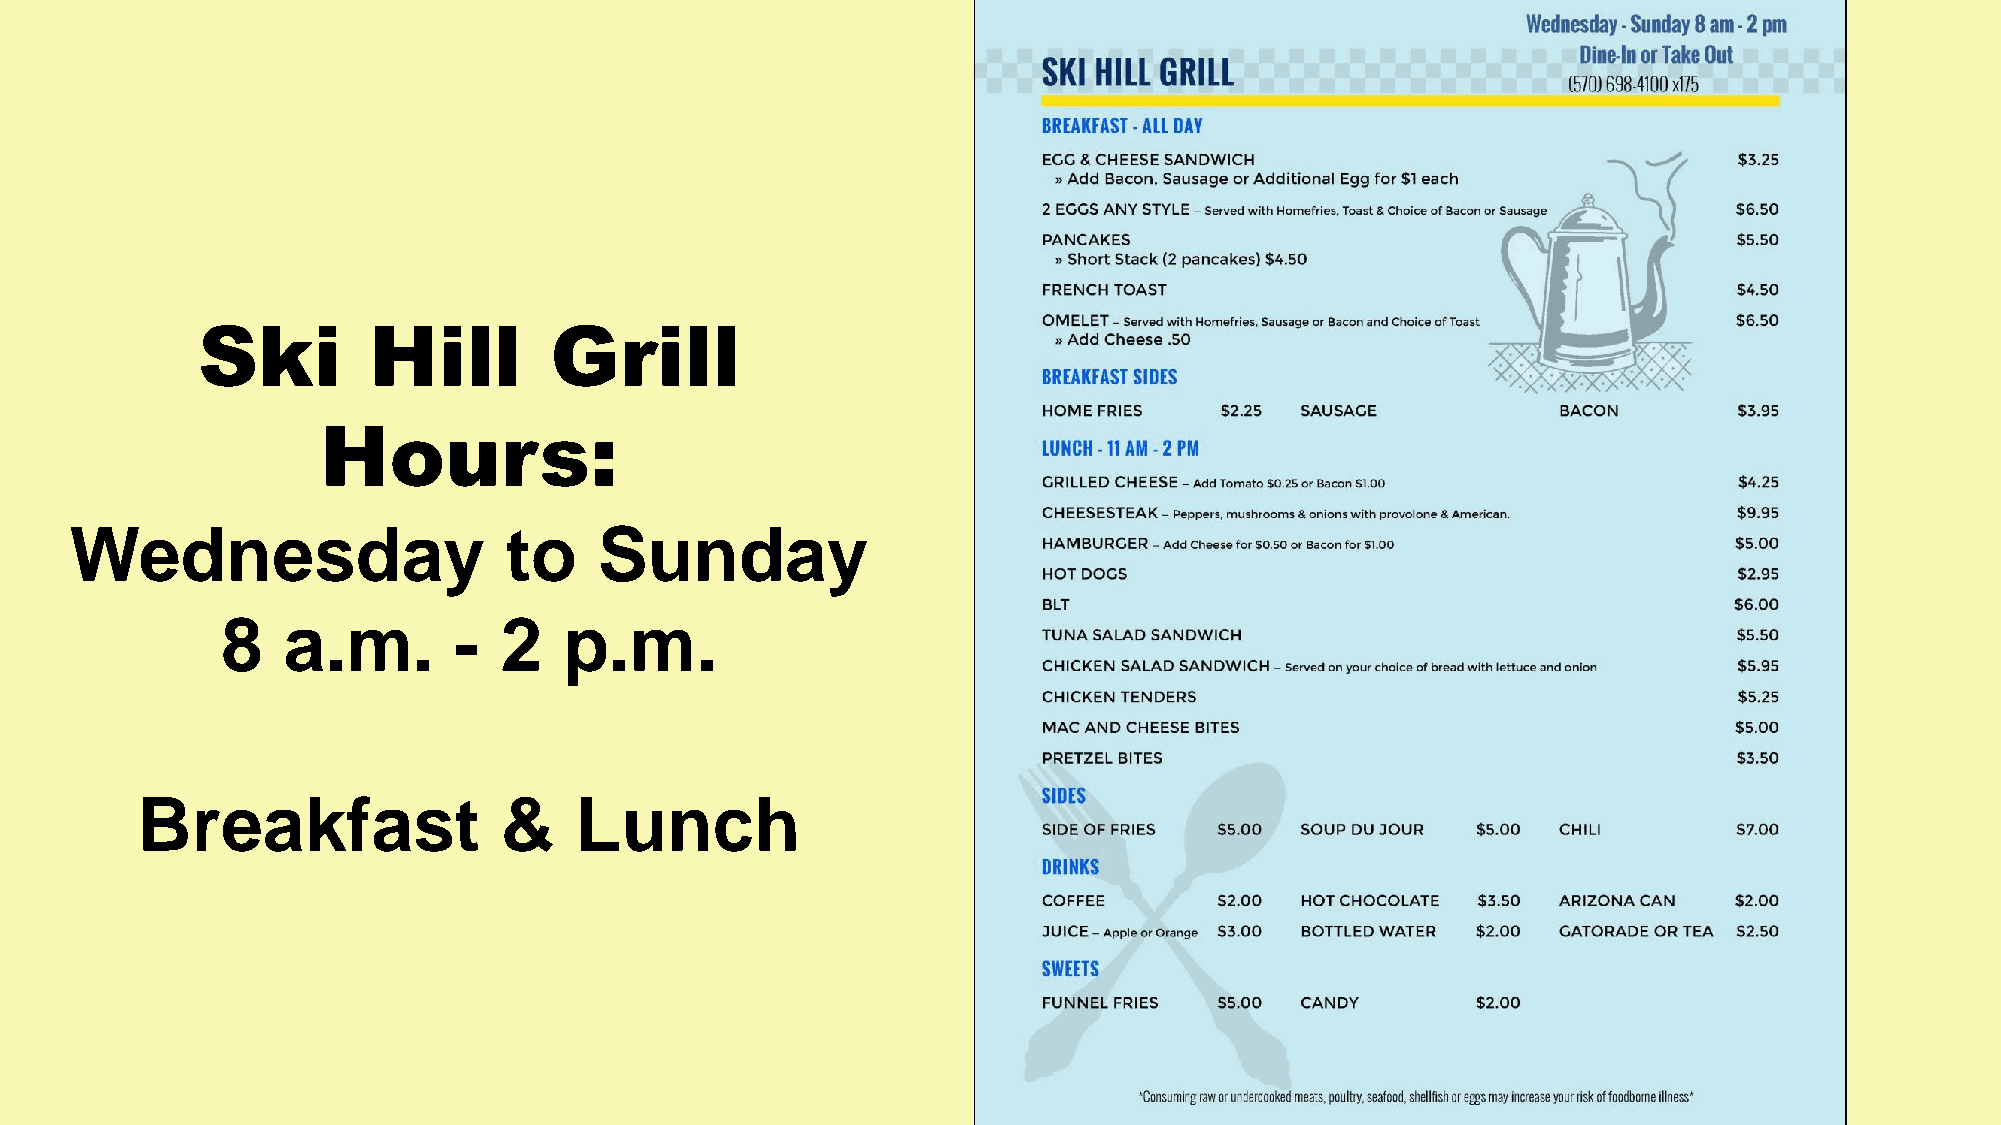
Ski        Hill        Grill
 Hours:
 Wednesday                   to     Sunday
 8   a.m.       -  2   p.m.
 Breakfast               &    Lunch